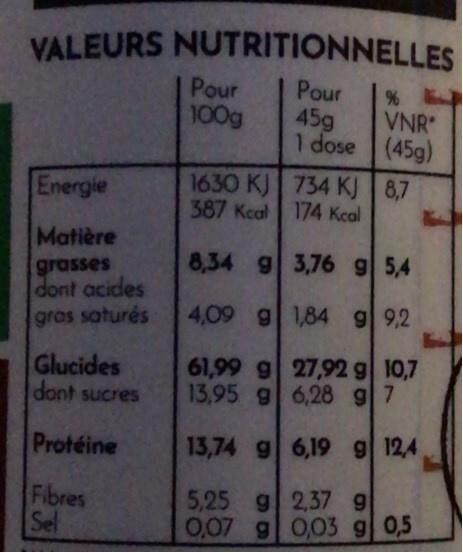
VALEURS NUTRITIONNELLES
Pour
45g
1 dose
Energie
Matière
grasses dont acides
gras saturés
Glucides
dont sucres
Protéine
Fibres Sel
Pour 100g
1630 KJ
387 Kcal
8,34 g
4,09 g
61,99 g
13,95 g
13,74 g
734 KJ
174 Kcal
%
VNR
(45g)
8,7
3,76 g 5,4
1,84 g 9,2
27,92 g 10,7
6,28 g 7
6,19 g 12,4
5,25 g 2,37 9 0,07 g 0,03 g 0,5